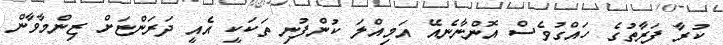
ކުރާ ފަރާތުގެ ހައްގުވެސް އޮންނާނެއޭ އަމިއްލަ ކުންފުނި ތަކަކީ އެއީ ދަރަންޏަށް ޒިންމާވާން